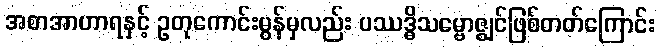
အစာအာဟာရနှင့် ဥတုကောင်းမွန်မှလည်း ပဿဒ္ဓိသမ္ဗောဇ္ဈင်ဖြစ်တတ်ကြောင်း